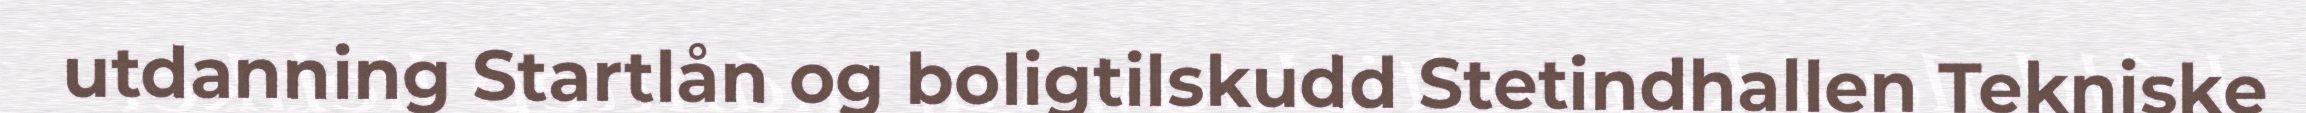
utdanning Startlån og boligtilskudd Stetindhallen Tekniske